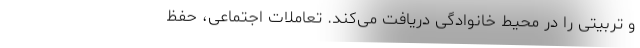
و تربیتی را در محیط خانوادگی دریافت می‌کند. تعاملات اجتماعی، حفظ